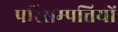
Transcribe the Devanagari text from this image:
परिसम्‍पत्तियों